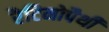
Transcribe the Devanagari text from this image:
रैटिनोपैथी